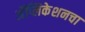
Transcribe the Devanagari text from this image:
अॅप्लिकेशनचा